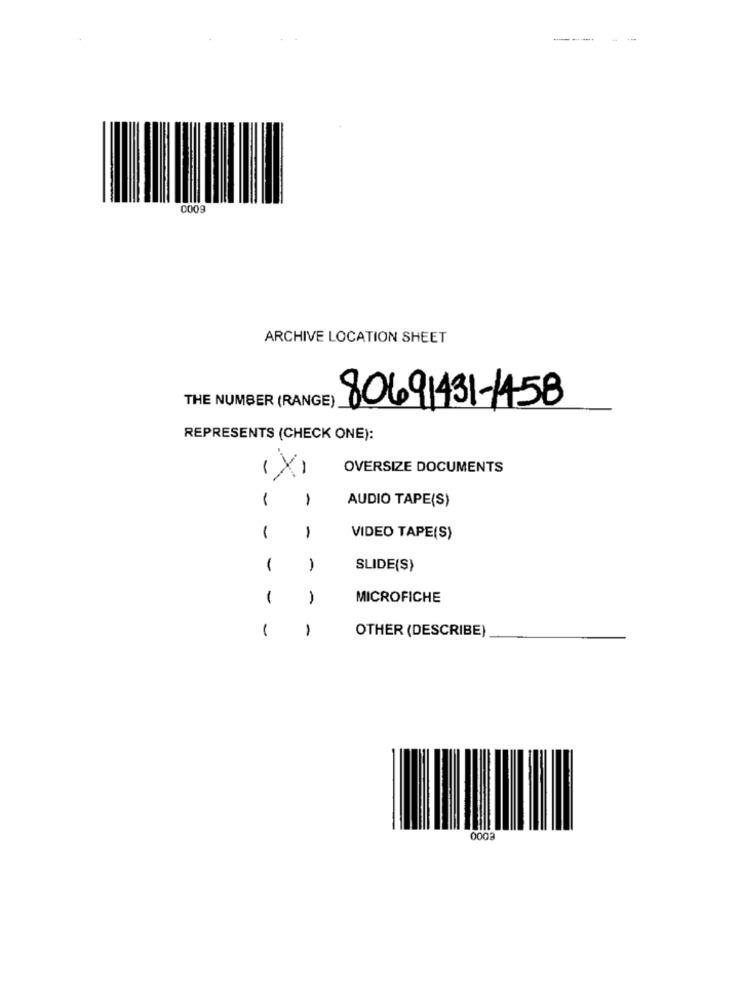
0009
ARCHIVE LOCATION SHEET
THE NUMBER (RANGE)
80691431-1458
REPRESENTS (CHECK ONE):
OVERSIZE DOCUMENTS
X
1
AUDIO TAPE(S)
-
1
1
VIDEO TAPE(S)
1
1
SLIDE(S)
1
-
MICROFICHE
1
1
OTHER (DESCRIBE)